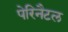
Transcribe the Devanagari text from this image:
पेरिनैटल